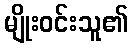
မျိုးဝင်းသူ၏